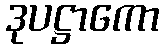
ဒုပဋ္ဌာကော